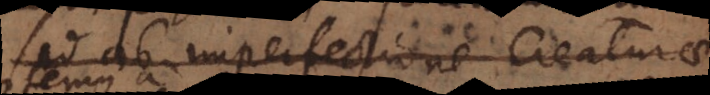
sed ab imperfectione creaturae